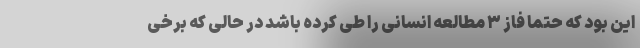
این بود که حتما فاز ۳ مطالعه انسانی را طی کرده باشد در حالی که برخی